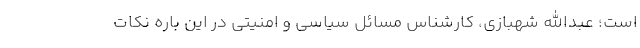
است؛ عبدالله شهبازی، کارشناس مسائل سیاسی و امنیتی در این باره نکات